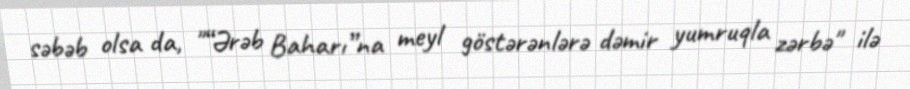
səbəb olsa da, "“Ərəb Baharı”na meyl göstərənlərə dəmir yumruqla zərbə" ilə